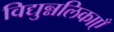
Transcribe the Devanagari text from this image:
विद्युन्नलिकाएँ